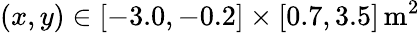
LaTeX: (x,y)\in[-3.0,-0.2]\times[0.7,3.5]\, \mathrm{m}^{2}